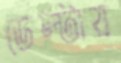
ডেল্টায়